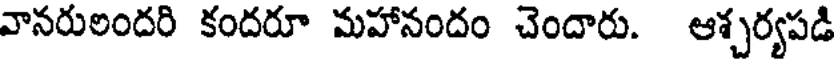
వానరులందరి కందరూ మహానందం చెందారు. ఆశ్చర్యపడి